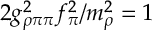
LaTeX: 2 g _ { \rho \pi \pi } ^ { 2 } f _ { \pi } ^ { 2 } / m _ { \rho } ^ { 2 } = 1